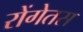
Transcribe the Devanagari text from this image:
रोंगेतस